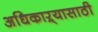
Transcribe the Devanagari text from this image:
अधिकाऱ्यासाठी